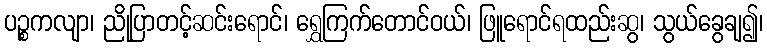
ပဉ္စကလျာ၊ ညိုပြာတင့်ဆင်းရောင်၊ ရွှေကြက်တောင်ဝယ်၊ ဖြူရောင်ရထည်းဆွ၊ သွယ်ခွေချ၍၊